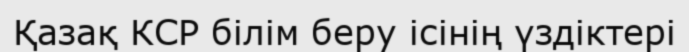
Қазақ КСР білім беру ісінің үздіктері